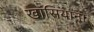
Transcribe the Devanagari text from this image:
खासियाना